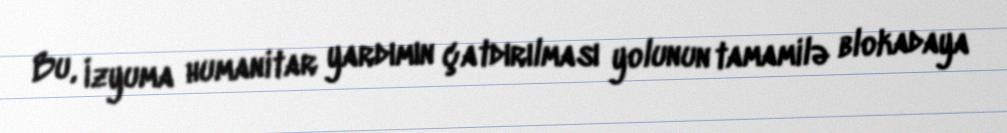
Bu, İzyuma humanitar yardımın çatdırılması yolunun tamamilə blokadaya